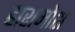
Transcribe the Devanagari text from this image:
हारामोश